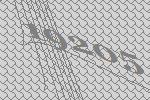
19205